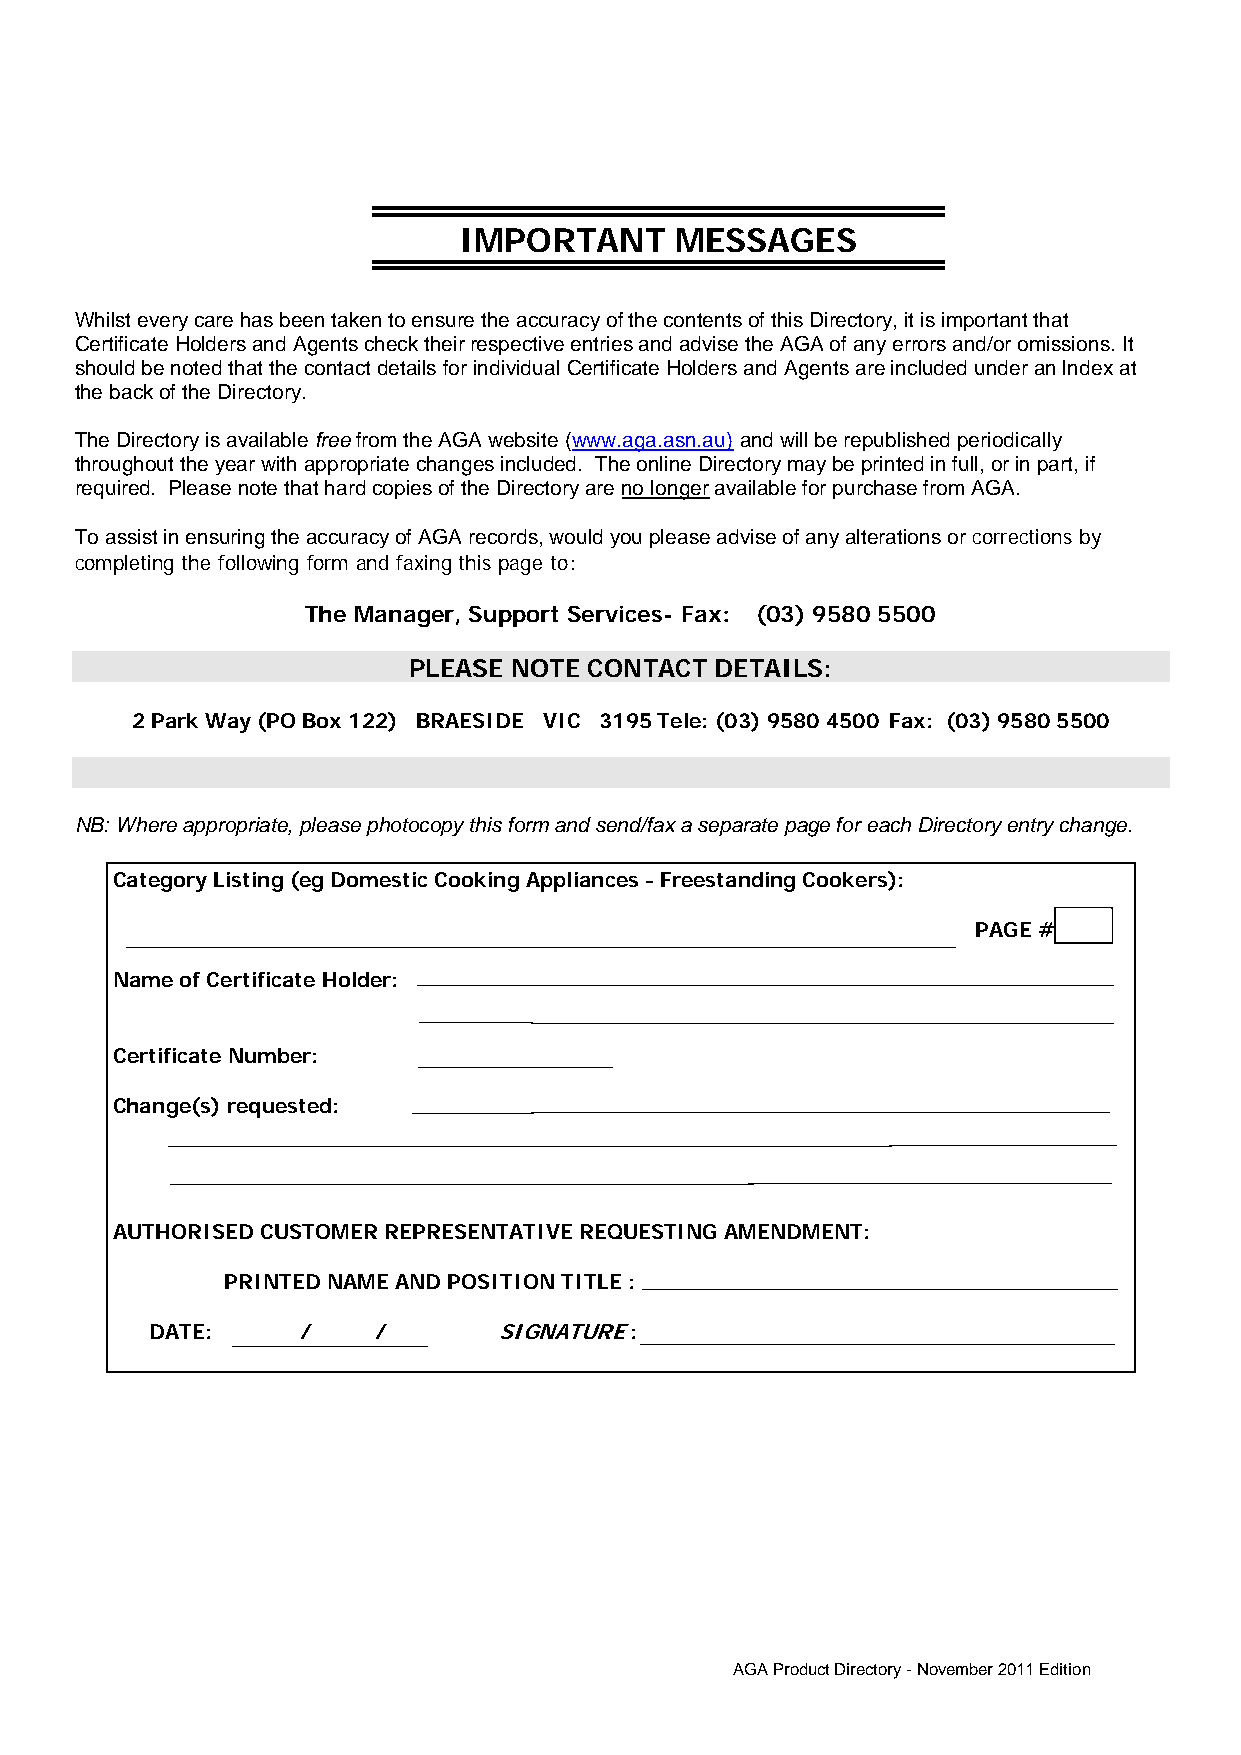
IMPORTANT      MESSAGES
 Whilst every care has been taken to ensure the accuracy of the contents of this Directory, it is important that
 Certificate Holders and Agents check their respective entries and advise the AGA of any errors and/or omissions. It
 should be noted that the contact details for individual Certificate Holders and Agents are included under an Index at
 the back of the Directory.
 The Directory is available free from the AGA website (www.aga.asn.au) and will be republished periodically
 throughout the year with appropriate changes included. The online Directory may be printed in full, or in part, if
 required. Please note that hard copies of the Directory are no longer available for purchase from AGA.
 To assist in ensuring the accuracy of AGA records, would you please advise of any alterations or corrections by
 completing the following form and faxing this page to:
 The Manager, Support Services- Fax: (03) 9580 5500
 PLEASE NOTE CONTACT DETAILS:
 2 Park Way (PO Box 122) BRAESIDE VIC 3195 Tele: (03) 9580 4500 Fax: (03) 9580 5500
 NB: Where appropriate, please photocopy this form and send/fax a separate page for each Directory entry change.
 Category Listing (eg Domestic Cooking Appliances - Freestanding Cookers):
 PAGE #
 Name of Certificate Holder:
 Certificate Number:
 Change(s) requested:
 AUTHORISED CUSTOMER REPRESENTATIVE REQUESTING AMENDMENT:
 PRINTED NAME AND POSITION TITLE :
 DATE:     /    /       SIGNATURE :
 AGA Product Directory - November 2011 Edition